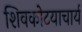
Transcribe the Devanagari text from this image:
शिवकोटयाचार्य